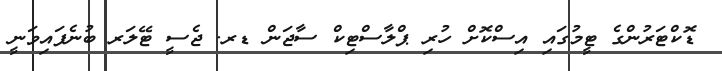
ޑޮކްޓަރުންގެ ޓީމުގައި އިސްކޮށް ހުރި ޕްލާސްޓިކް ސާޖަން ޑރ. ޖެސީ ޓޭލަރ ބުނެފައިވަނީ